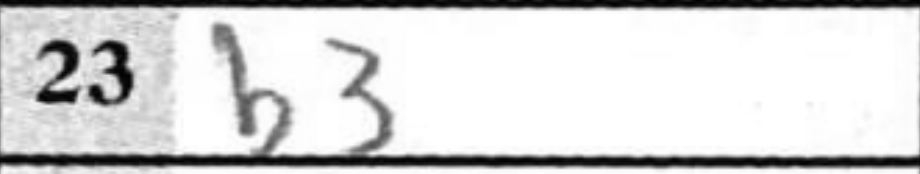
Transcription: b3